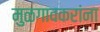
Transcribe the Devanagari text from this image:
मुळगावकरांना